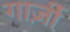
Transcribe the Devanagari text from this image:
गार्ज़ी